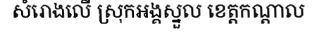
សំរោងលើ ស្រុកអង្គស្នួល ខេត្តកណ្តាល